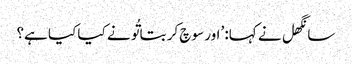
سانگھل نے کہا: ’اور سوچ کر بتا تُو نے کیا کیا ہے؟